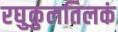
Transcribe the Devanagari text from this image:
रघुकुलतिलकं